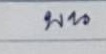
บน